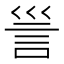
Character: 𧥥